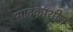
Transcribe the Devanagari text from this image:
सावकाशीन